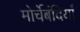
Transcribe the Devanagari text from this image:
मोर्चेबंदियाँ